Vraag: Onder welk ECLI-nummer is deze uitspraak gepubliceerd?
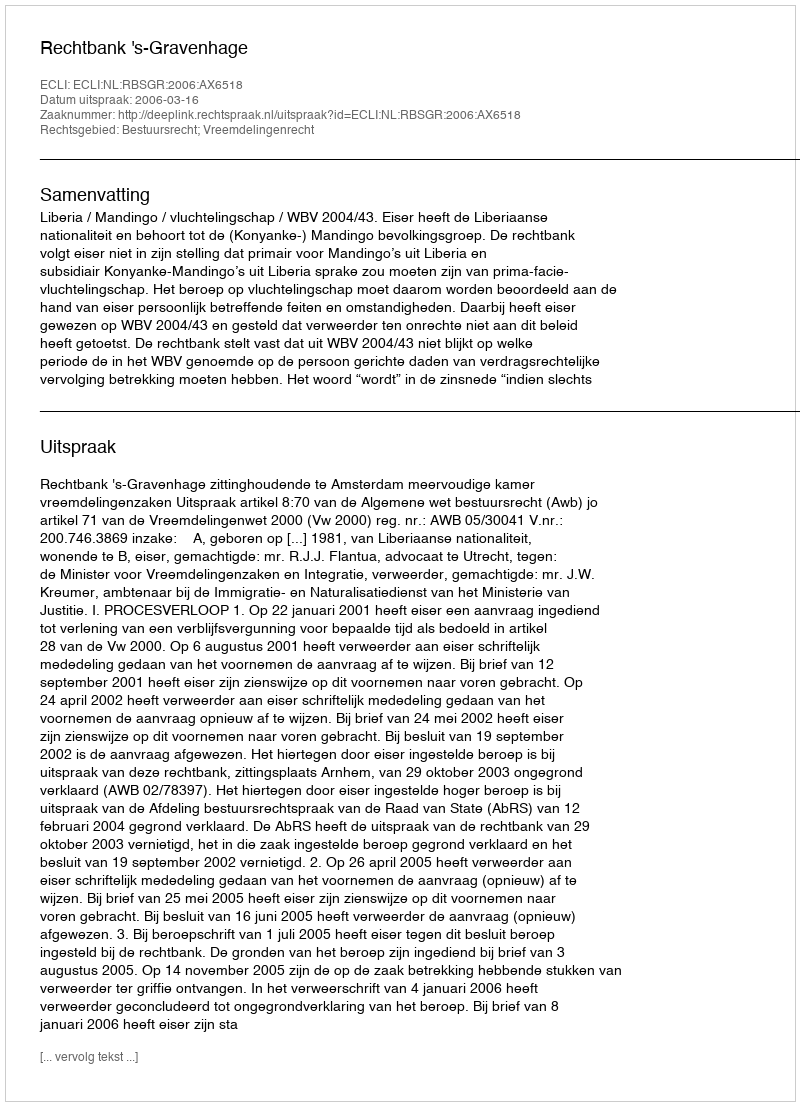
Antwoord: ECLI:NL:RBSGR:2006:AX6518